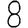
Digit: 8